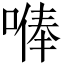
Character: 𠺭